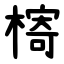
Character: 槣